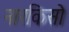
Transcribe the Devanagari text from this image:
नारकिसो